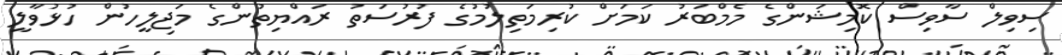
ސިވިލް ސާވިސް ކޮމިޝަންގެ މެމްބަރު ކަމަށް ކުރިމަތިލުމުގެ ފުރުސަތު ރައްޔިތުންގެ މަޖިލީހުން ހުޅުވާލީ